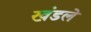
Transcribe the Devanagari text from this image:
खंडले